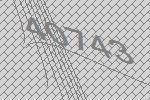
40743